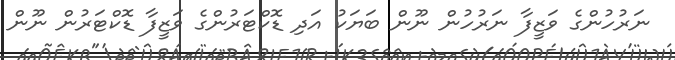
ނަރުހުންގެ ވަޒީފާ ނަރުހުން ނޫން ބަޔަކު އަދި ޑޮކްޓަރުންގެ ވަޒީފާ ޑޮކްޓަރުން ނޫން